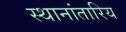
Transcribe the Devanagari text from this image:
स्थानांतारिय